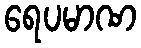
ရေပမာဏ